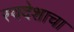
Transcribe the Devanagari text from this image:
स्वदेशाचा